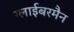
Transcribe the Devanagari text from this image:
ग्लाईबरमैन